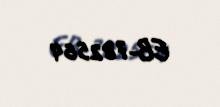
EB-782564